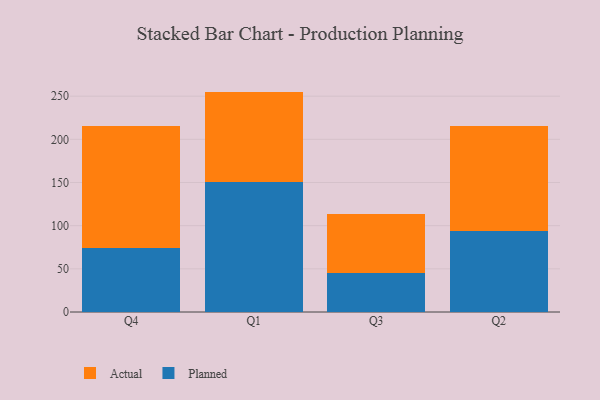
{"axis": {"x": "Quarter", "y": "Temperature (°C)"}, "legend": ["Actual", "Planned"], "data": [{"x": "Q4", "y": 74.5, "type": "Planned"}, {"x": "Q4", "y": 141.4, "type": "Actual"}, {"x": "Q1", "y": 150.5, "type": "Planned"}, {"x": "Q1", "y": 104.8, "type": "Actual"}, {"x": "Q3", "y": 44.8, "type": "Planned"}, {"x": "Q3", "y": 68.7, "type": "Actual"}, {"x": "Q2", "y": 93.3, "type": "Planned"}, {"x": "Q2", "y": 121.9, "type": "Actual"}]}